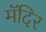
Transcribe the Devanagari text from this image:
मॅदिर